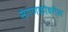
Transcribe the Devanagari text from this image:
संगणकांवरील